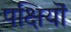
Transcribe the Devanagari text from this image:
पक्षियॊं